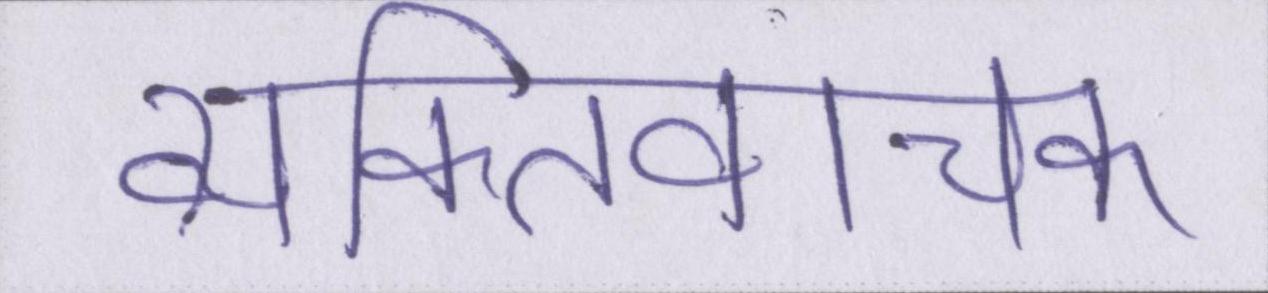
व्यक्तिवाचक